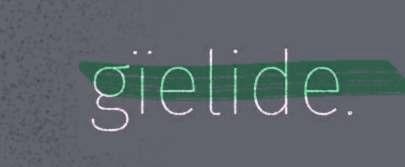
gïelide.